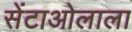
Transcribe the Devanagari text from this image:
सेंटाओलाला